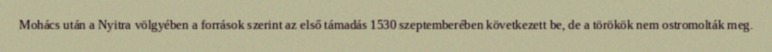
Mohács után a Nyitra völgyében a források szerint az első támadás 1530 szeptemberében következett be, de a törökök nem ostromolták meg.